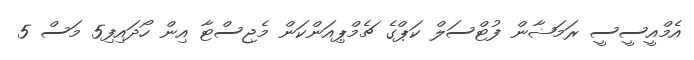
އެމްއީސީސީ ރަމަޟާން ފުޓްސަލް ކަޕްގެ ޗެމްޕިއަންކަން މެޖިސްޓާ އިން ހޯދައިފި5 މަސް 5